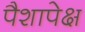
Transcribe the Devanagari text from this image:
पैशापेक्ष